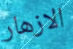
الازهار